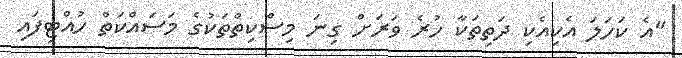
"އެ ކަހަލަ އެކިއެކި ދަތިތަކާ ހުރެ ވަރަށް ގިނަ މިސްކިތްތަކުގެ މަސައްކަތް ހުއްޓިފައި